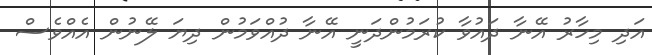
އަދި މިހާރު އޭނާ ދައުވާ ކުރަމުންދަނީ އޭނާ ދުއްވަމުން ދިޔަ ލޭނުން އެއްވެސް